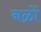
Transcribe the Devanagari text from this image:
नळों